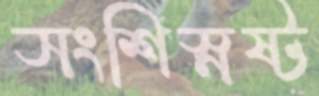
সংশিস্নষ্ট